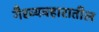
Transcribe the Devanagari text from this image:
गैरव्यवहारातील